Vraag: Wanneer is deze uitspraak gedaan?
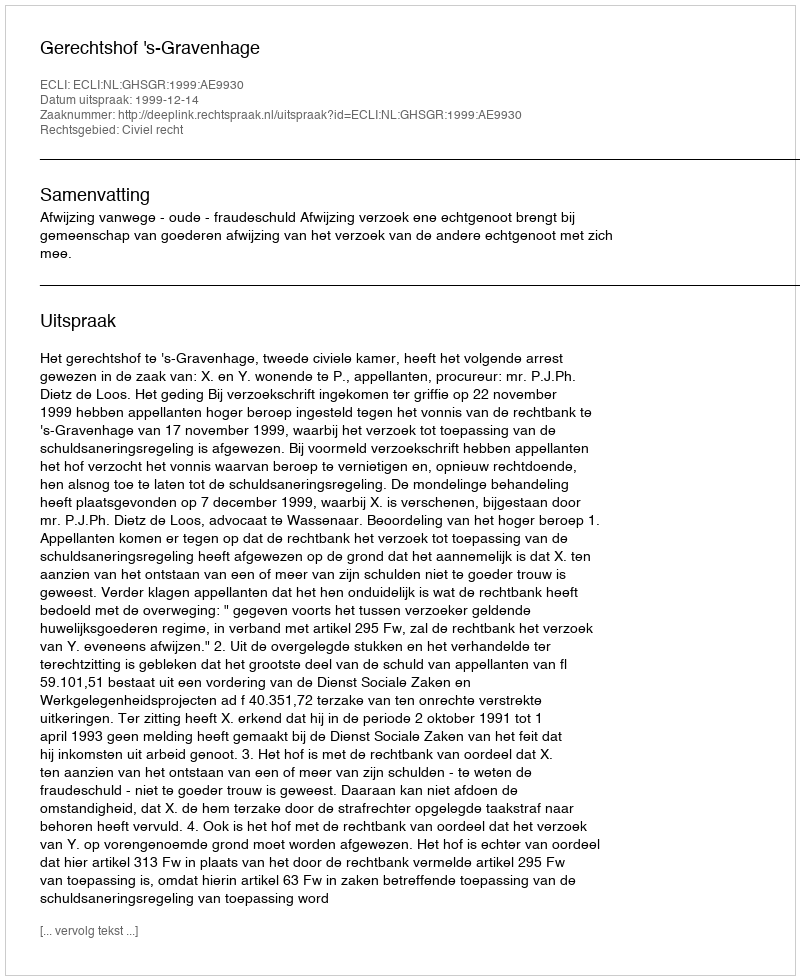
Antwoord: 1999-12-14